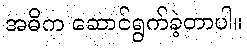
အဓိက ဆောင်ရွက်ခဲ့တာပါ။